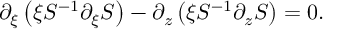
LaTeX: \partial _ { \xi } \left( \xi S ^ { - 1 } \partial _ { \xi } S \right) - \partial _ { z } \left( \xi S ^ { - 1 } \partial _ { z } S \right) = 0 .